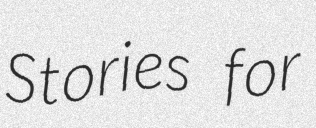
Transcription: Stories for